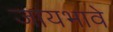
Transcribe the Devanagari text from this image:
जायभावे